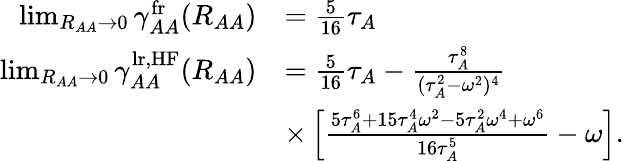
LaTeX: \begin{array}{rl}{\operatorname*{lim}_{R_{AA}\to 0}\gamma_{AA}^{\mathrm{fr}}(R_{AA})}&{=\frac{5}{16}\tau_{A}}\\ {\operatorname*{lim}_{R_{AA}\to 0}\gamma_{AA}^{\mathrm{lr,HF}}(R_{AA})}&{=\frac{5}{16}\tau_{A}-\frac{\tau_{A}^{8}}{(\tau_{A}^{2}-\omega^{2})^{4}}}\\ &{\times\left[\frac{5\tau_{A}^{6}+15\tau_{A}^{4}\omega^{2}-5\tau_{A}^{2}\omega^{4}+\omega^{6}}{16\tau_{A}^{5}}-\omega\right].}\end{array}